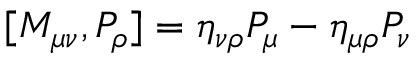
[ M _ { \mu \nu } , P _ { \rho } ] = \eta _ { \nu \rho } P _ { \mu } - \eta _ { \mu \rho } P _ { \nu }